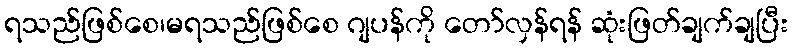
ရသည်ဖြစ်စေ၊မရသည်ဖြစ်စေ ဂျပန်ကို တော်လှန်ရန် ဆုံးဖြတ်ချက်ချပြီး